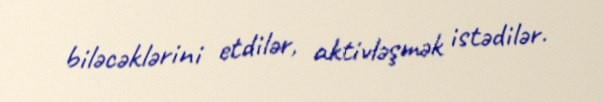
biləcəklərini etdilər, aktivləşmək istədilər.